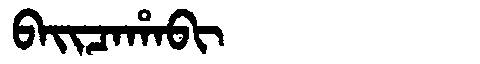
Manchu: ᠪᠠᡳᠴᠠᡥᠠᠪᡳ
Romanization: BAICAHABI